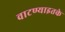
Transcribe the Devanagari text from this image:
वाटण्याइतके